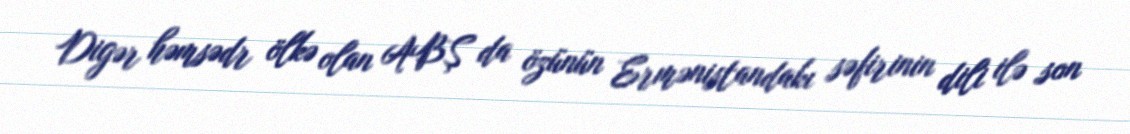
Digər həmsədr ölkə olan ABŞ da özünün Ermənistandakı səfirinin dili ilə son